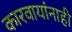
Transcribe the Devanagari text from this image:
कारवायांनाही